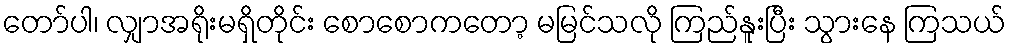
တော်ပါ၊ လျှာအရိုးမရှိတိုင်း စောစောကတော့ မမြင်သလို ကြည်နူးပြီး သွားနေ ကြသယ်